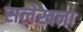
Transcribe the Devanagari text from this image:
सलेखना